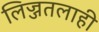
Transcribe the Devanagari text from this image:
लिज्जतलाही